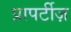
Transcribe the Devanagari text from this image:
प्रापर्टीज़